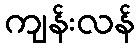
ကျန်းလန်